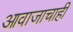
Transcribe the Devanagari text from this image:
आवाजाचाही